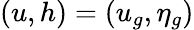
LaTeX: (u,h)=(u_{g},\eta_{g})